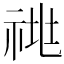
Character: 𰨁